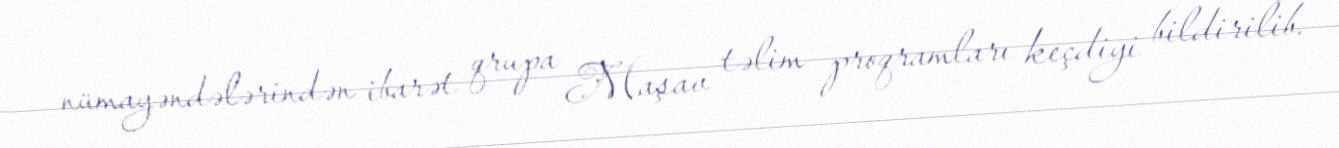
nümayəndələrindən ibarət qrupa Maşav təlim proqramları keçdiyi bildirilib.